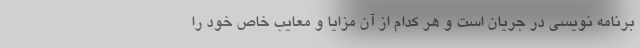
برنامه نویسی در جریان است و هر کدام از آن مزایا و معایب خاص خود را